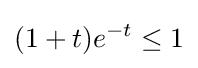
(1+t)e^{-t}\leq 1